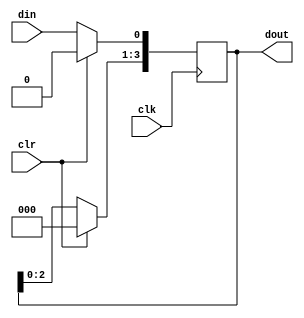
module shifter(
    input wire din,
    input wire clk,
    input wire clr,
    output reg[3:0] dout
);

always @(posedge clk)
    begin
     if(clr) dout <= 4'b0;
     else 
        begin
           dout <= dout<<1;
           dout[0] <=din; 
        end
    end
endmodule